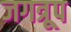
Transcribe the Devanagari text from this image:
जगत्रूप